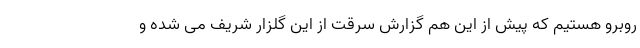
روبرو هستیم که پیش از این هم گزارش سرقت از این گلزار شریف می شده و